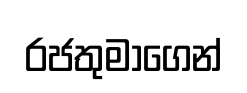
රජතුමාගෙන්